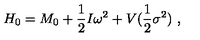
H _ { 0 } = M _ { 0 } + \frac 1 2 I \omega ^ { 2 } + V ( \frac 1 2 \sigma ^ { 2 } ) \ ,